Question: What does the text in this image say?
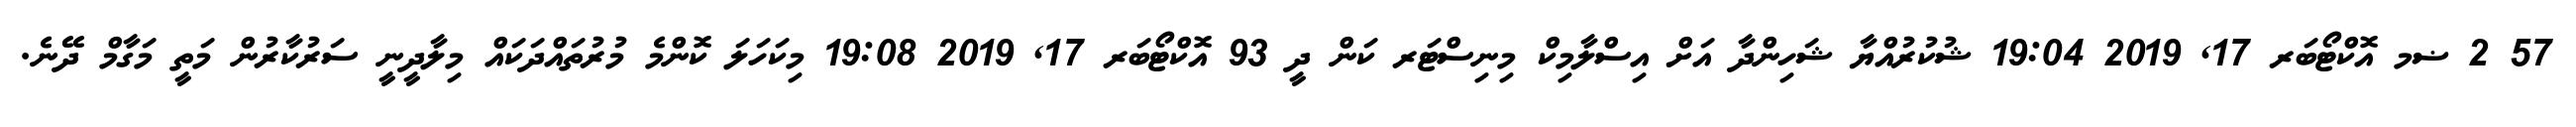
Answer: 57 2 ޟމ އޮކްޓޯބަރ 17, 2019 19:04 ޝުކުރުއްޔާ ޝަހިންދާ އަށް އިސްލާމިކް މިނިސްޓަރ ކަން ދީ 93 އޮކްޓޯބަރ 17, 2019 19:08 މިކަހަލަ ކޮންމެ މުރުތައްދަކައް މިލާދީނީ ސަރުކާރުން މަތީ މަގާމް ދޭނެ.